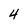
Character: 4